Indian journal of veterinary science and animal husbandry - Volume 4,
Year: 1934
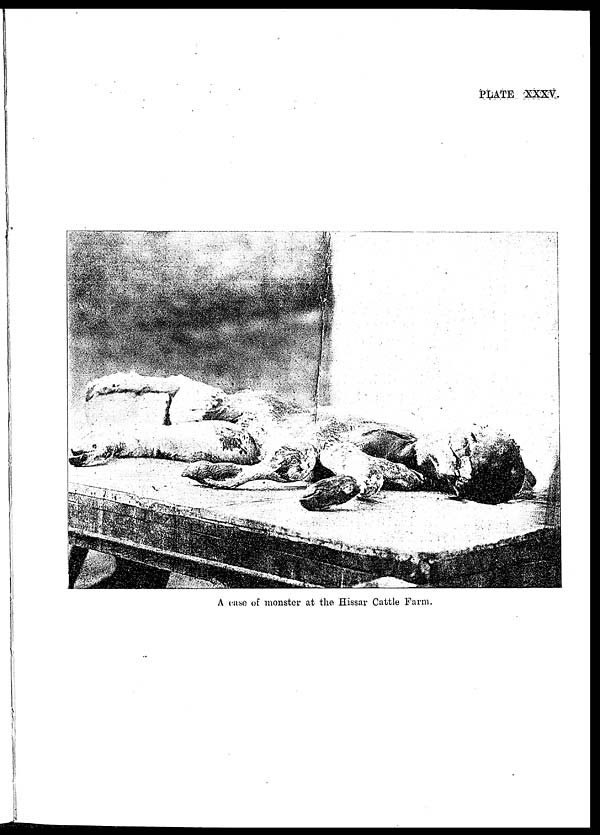
PLATE XXXV.
A case of monster at the Hissar Cattle Farm.